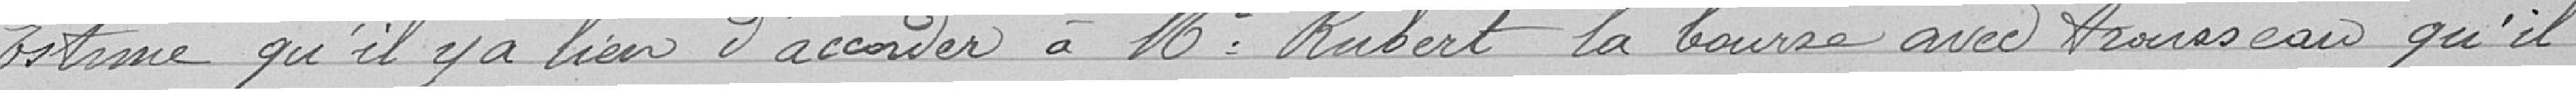
Estime qu'il y a lieu d'accorder à Monsieur Rubert la bourse avec trousseau qu'il